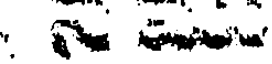
.